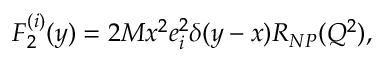
F _ { 2 } ^ { ( i ) } ( y ) = 2 M x ^ { 2 } e _ { i } ^ { 2 } \delta ( y - x ) R _ { N P } ( Q ^ { 2 } ) ,